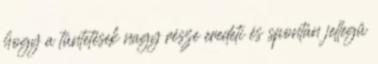
hogy a tüntetések nagy része eredeti és spontán jellegű